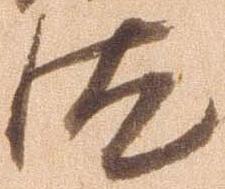
汰